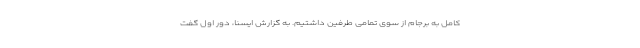
کامل به برجام از سوی تمامی طرفین داشتیم. به گزارش ایسنا، دور اول گفت